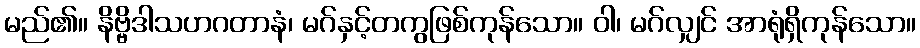
မည်၏။ နိဗ္ဗိဒါသဟဂတာနံ၊ မဂ်နှင့်တကွဖြစ်ကုန်သော။ ဝါ၊ မဂ်လျှင် အာရုံရှိကုန်သော။